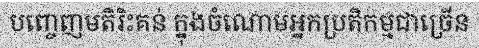
បញ្ចេញមតិរិះគន់ ក្នុងចំណោមអ្នកប្រតិកម្មជាច្រើន